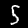
Digit: 5